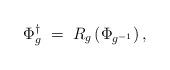
LaTeX: \begin{align*}\Phi^\dagger_g \; = \; R_g \left( \Phi_{g^{-1}} \right),\end{align*}